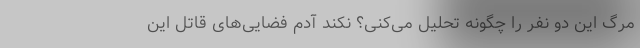
مرگ این دو نفر را چگونه تحلیل می‌کنی؟ نکند آدم‌ فضایی‌های قاتل این